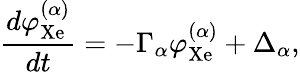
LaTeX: \frac{d\varphi_{\mathrm{Xe}}^{(\alpha)}}{dt}=-\Gamma_{\alpha}\varphi_{\mathrm{Xe}}^{(\alpha)}+\Delta_{\alpha},